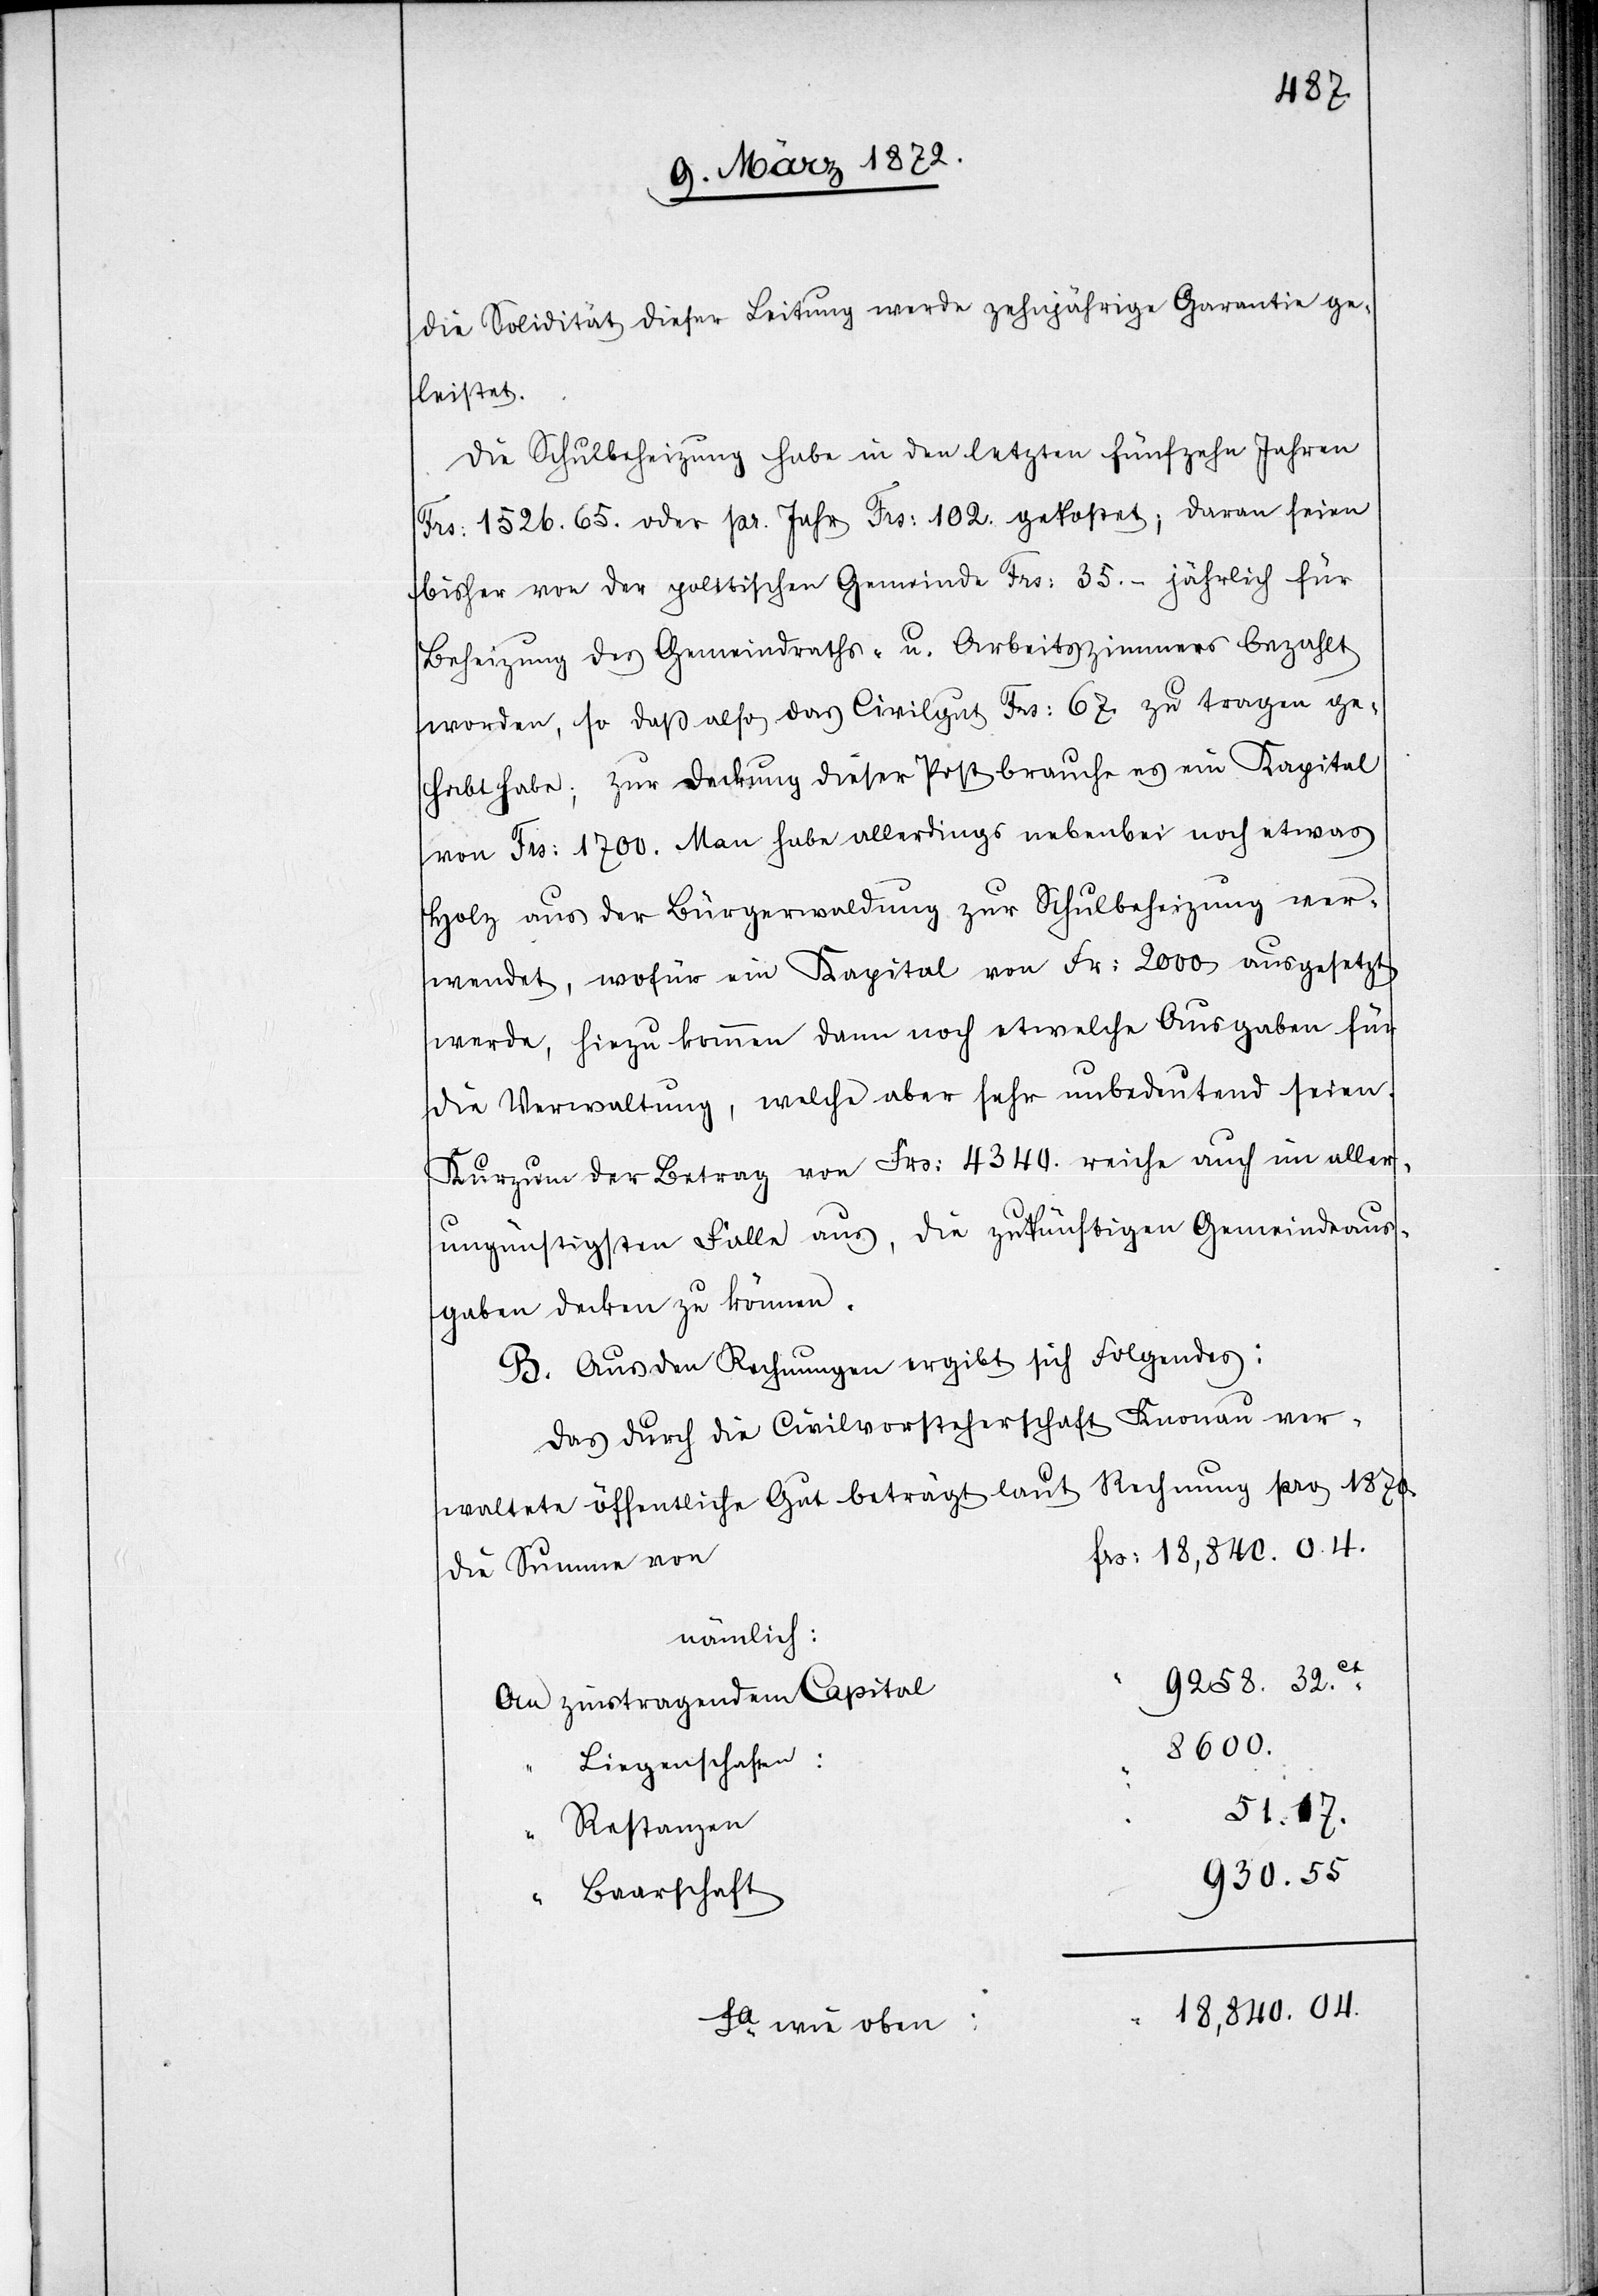
die Solidität dieser Leitung werde zehnjährige Garantie ge¬
leistet.
Die Schulbeheizung habe in den letzten fünfzehn Jahren
Frs: 1526.65. oder pr. Jahr Frs. 102. gekostet; daran seien
bisher von der politischen Gemeinde Frs: 35.- jährlich für
Beheizung des Gemeindraths- u. Arbeitszimmers bezahlt
worden, so daß also das Civilgut Frs: 67. zu tragen ge¬
habt habe; zur Deckung dieser Post brauche es ein Kapital
von Frs: 1700. Man habe allerdings nebenbei noch etwas
Holz aus der Bürgerwaldung zur Schulbeheizung ver¬
wendet, wofür ein Kapital von Fr: 2000 ausgesetzt
werde, hiezu kommen dann noch etwelche Ausgaben für
die Verwaltung, welche aber sehr unbedeutend seien.
Kurzum der Betrag von Frs: 4340. reiche auch im aller¬
ungünstigsten Falle aus, die zukünftigen Gemeindsaus¬
gaben decken zu können.
B. Aus den Rechnungen ergibt sich Folgendes:
Das durch die Civilvorsteherschaft Knonau ver¬
waltete öffentliche Gut beträgt laut Rechnung pro 1870.
frs: 18,840.04.
die Summe von
nämlich:
9258.32ct.
An zinstragendem Capital
8600.
Liegenschaften:
51.17.
“ Restanzen
930.55
Baarschaft
“ 18,840.04.
Sa wie oben: